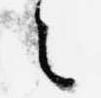
々